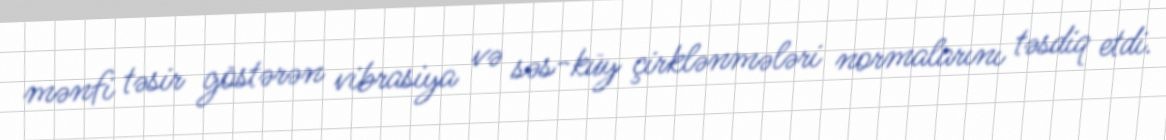
mənfi təsir göstərən vibrasiya və səs-küy çirklənmələri normalarını təsdiq etdi.